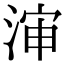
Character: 渖